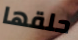
حلقها